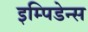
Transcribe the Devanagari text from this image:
इम्पिडेन्स